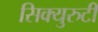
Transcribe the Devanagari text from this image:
सिक्युरुटी